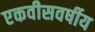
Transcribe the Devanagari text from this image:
एकवीसवर्षीय